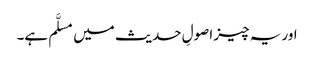
اور یہ چیز اصولِ حدیث میں مسلَّم ہے۔